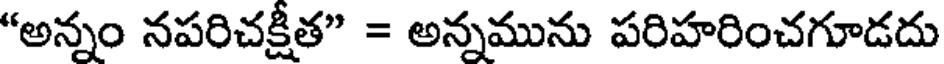
"అన్నం నపరిచక్షీత" = అన్నమును పరిహరించగూడదు